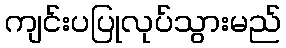
ကျင်းပပြုလုပ်သွားမည်